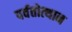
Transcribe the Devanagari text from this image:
पर्वतोत्‍थान